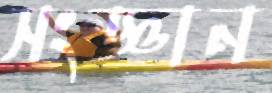
সংজ্ঞান